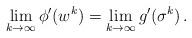
LaTeX: \begin{align*}\lim_{k\to\infty}\phi'(w^k)=\lim_{k\to\infty}g'(\sigma^k)\,.\end{align*}